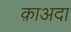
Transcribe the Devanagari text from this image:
क़ाअदा